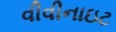
વીવીનાઇટ